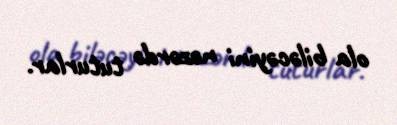
ola biləcəyini nəzərdə tuturlar.